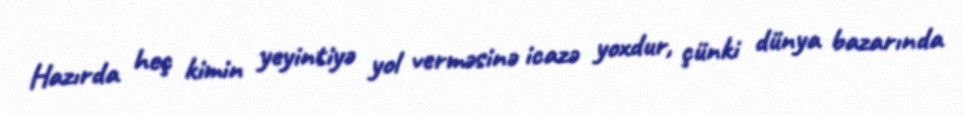
Hazırda heç kimin yeyintiyə yol verməsinə icazə yoxdur, çünki dünya bazarında